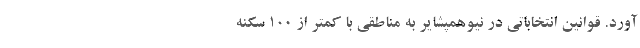
آورد. قوانین انتخاباتی در نیوهمپشایر به مناطقی با کمتر از ۱۰۰ سکنه